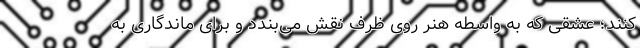
‌کنند؛ عشقی که به واسطه هنر روی ظرف نقش‌ می‌بندد و برای ماندگاری به